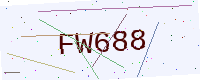
Text: FW688